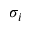
\sigma _ { i }